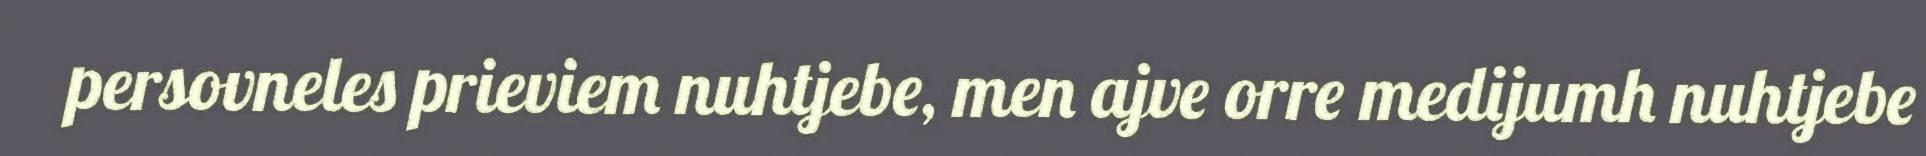
persovneles prieviem nuhtjebe, men ajve orre medijumh nuhtjebe